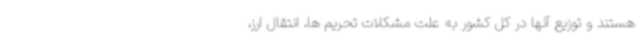
هستند و توزیع آنها در کل کشور به علت مشکلات تحریم ها، انتقال ارز،